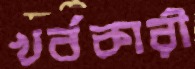
খর্বকারী